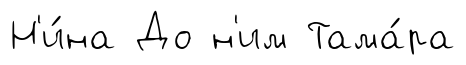
Н'и́на До н'им Тама́ра